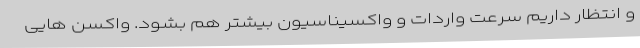
و انتظار داریم سرعت واردات و واکسیناسیون بیشتر هم بشود. واکسن هایی